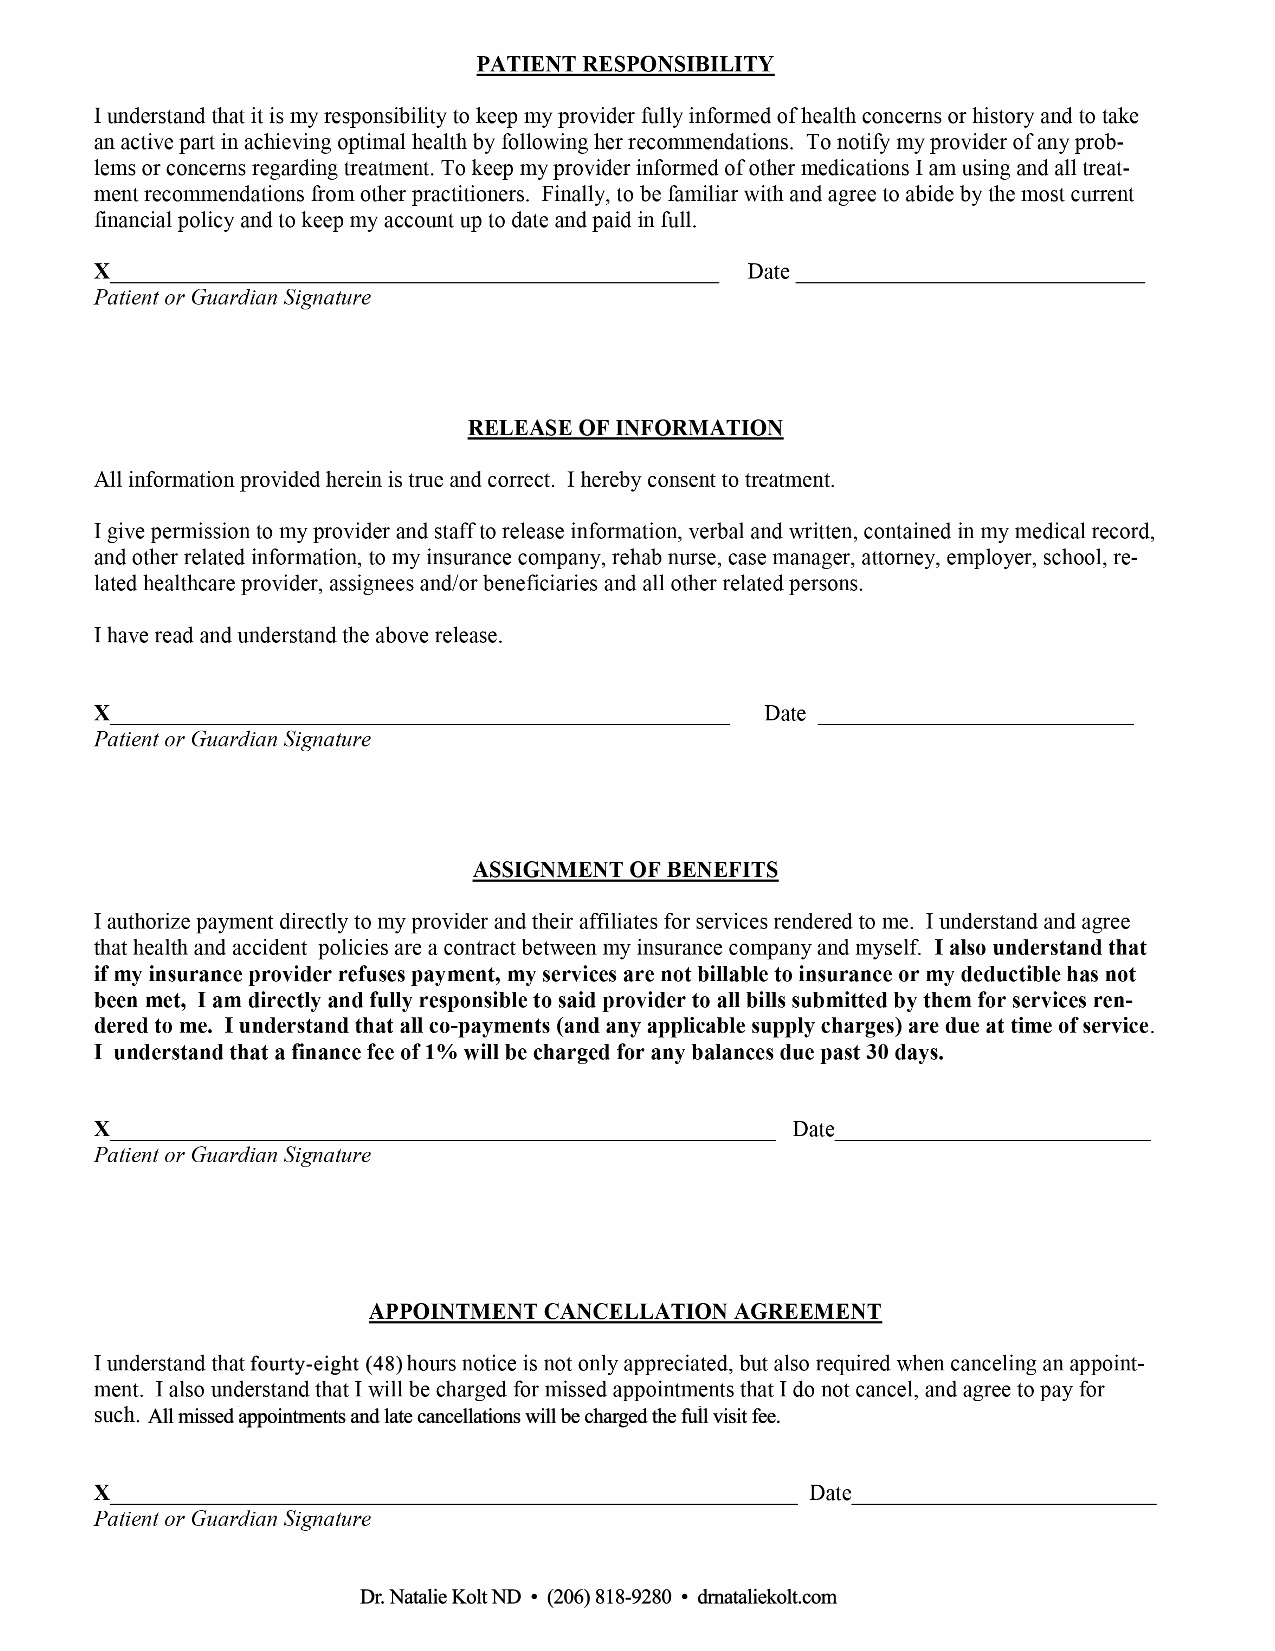
ffoouurrttyy--eeiigghhtt ((4488))
 AAllll mmiisssseedd aappppooiinnttmmeennttss aanndd llaattee ccaanncceellllaattiioonnss wwiillll bbee cchhaarrggeedd tthhee ffuullll vviissiitt ffeeee..
 DDrr.. NNaattaalliiee KKoolltt NNDD •• ((220066)) 881188--99228800 •• ddrrnnaattaalliieekkoolltt..ccoomm